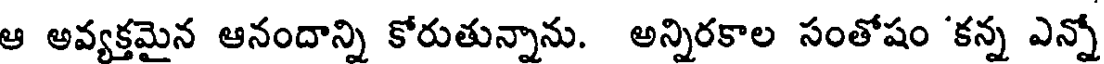
ఆ అవ్యక్తమైన ఆనందాన్ని కోరుతున్నాను. అన్నిరకాల సంతోషం 'కన్న ఎన్నో